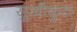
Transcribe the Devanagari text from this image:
सुखीकुरु